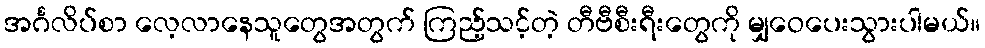
အင်္ဂလိပ်စာ လေ့လာနေသူတွေအတွက် ကြည့်သင့်တဲ့ တီဗီစီးရီးတွေကို မျှဝေပေးသွားပါမယ်။